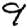
Digit: 9